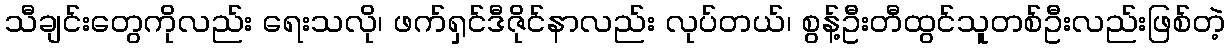
သီချင်းတွေကိုလည်း ရေးသလို၊ ဖက်ရှင်ဒီဇိုင်နာလည်း လုပ်တယ်၊ စွန့်ဦးတီထွင်သူတစ်ဦးလည်းဖြစ်တဲ့